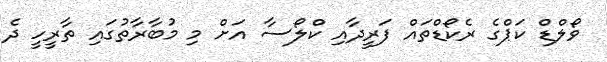
ވޯލްޑް ކަޕްގެ ރެކޯޑްތައް ފަރީދާއި ކްލޯސާ އަށް މި މުބާރާތުގައި ތާރީހީ ދެ